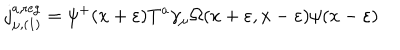
j _ { \mu , ( 1 ) } ^ { a , \mathrm { r e g } } = \psi ^ { + } ( x + \varepsilon ) T ^ { a } \gamma _ { \mu } \Omega ( x + \varepsilon , x - \varepsilon ) \psi ( x - \varepsilon )